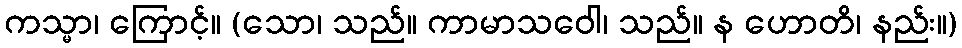
ကသ္မာ၊ ကြောင့်။ (သော၊ သည်။ ကာမာသဝေါ၊ သည်။ န ဟောတိ၊ နည်း။)